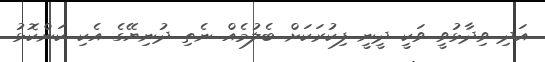
އަދި ވިދާޅުވީ ވަކީ ދީނީ ފިކުރަކަށް ބެލުމެއް ނެތި ދުނިޔޭގެ އެކި ކަންކޮޅު